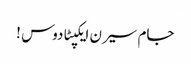
جام سیرن ایکپٹادوس !